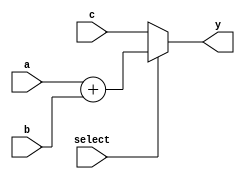
module vector_continuous_assignment (
    input wire [3:0] a,        // 4-bit input vector
    input wire [3:0] b,        // 4-bit input vector
    input wire [3:0] c,        // 4-bit input vector
    input wire select,         // 1-bit selector for multiplexing
    output wire [3:0] y        // 4-bit output vector
);

// Continuous assignment using a conditional operator (multiplexer behavior)
assign y = (select) ? (a + b) : c; // If select is high, output is a + b, otherwise output is c

endmodule